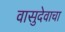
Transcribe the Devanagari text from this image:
वासुदेवाचा